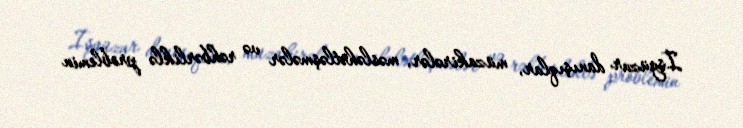
İşgüzar danışıqlar, müzakirələr, məsləhətləşmələr və rəhbərliklə problemin